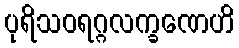
ပုရိသဝရဂ္ဂလက္ခဏေဟိ